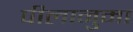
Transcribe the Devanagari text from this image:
पीलानुमा